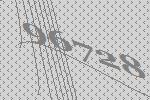
96728